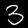
Label: 3